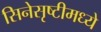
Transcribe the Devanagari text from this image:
सिनेसृष्टीमध्ये